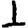
Digit: 1